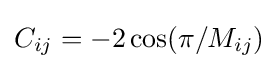
C_{ij}=-2\cos(\pi /M_{ij})